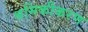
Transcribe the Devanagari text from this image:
श्रमिकीकरण